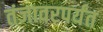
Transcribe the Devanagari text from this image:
तंजावरपर्यंत